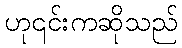
ဟု၎င်းကဆိုသည်